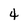
Character: 4